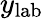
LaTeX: y_{\mathrm{{lab}}}